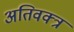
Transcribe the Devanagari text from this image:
अतिवक्त्र